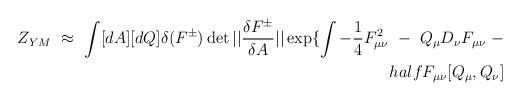
LaTeX: \begin{align*}Z_{YM} \ \approx \ \int [dA] [dQ] \delta ( F^{\pm} ) \det ||{ \delta F^{\pm} \over \delta A } || \exp \{ \int - \frac{1}{4}F_{\mu\nu}^2 \ - \ Q_\mu D_\nu F_{\mu\nu} \ - \\half F_{\mu\nu} [ Q_\mu , Q_\nu ]\end{align*}